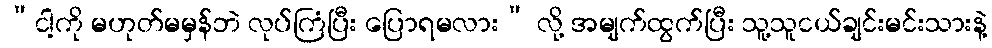
“ငါ့ကို မဟုတ်မမှန်ဘဲ လုပ်ကြံပြီး ပြောရမလား” လို့ အမျက်ထွက်ပြီး သူ့သူငယ်ချင်းမင်းသားနဲ့